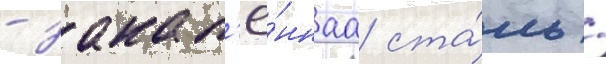
- закал'ё́ннаа ста́ль /